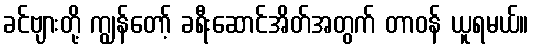
ခင်ဗျားတို့ ကျွန်တော့် ခရီးဆောင်အိတ်အတွက် တာဝန် ယူရမယ်။